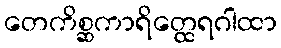
တေကိစ္ဆကာရိတ္ထေရဂါထာ